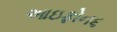
આઇફોન૬